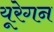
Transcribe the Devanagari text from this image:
यूरेगन